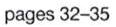
pages 32-35